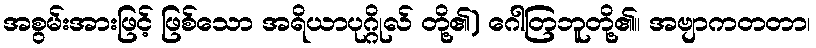
အစွမ်းအားဖြင့် ဖြစ်သော အရိယာပုဂ္ဂိုလ် တို့၏) ဂေါတြဘူတို့၏။ အဗျာကတတာ၊